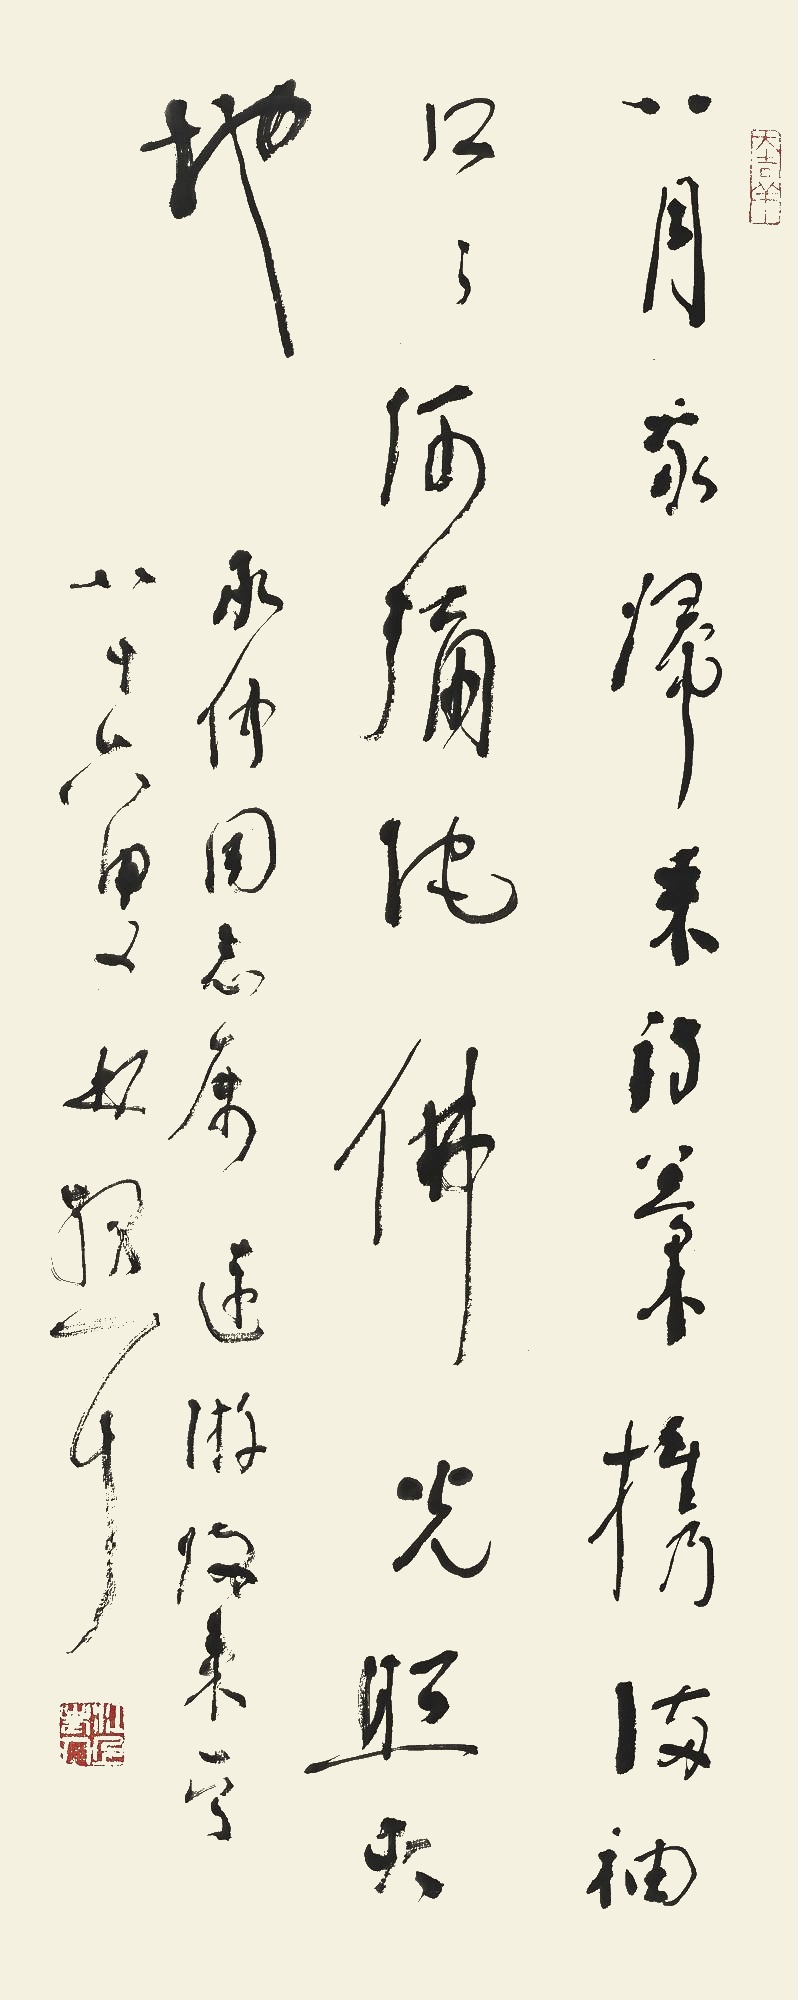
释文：八月我归来，诗稿携满袖。口口阿弥陀，佛光照大地。承仲同志属，《远游归来》一首，八十六叟林散耳。